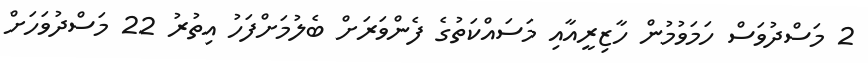
2 މަސްދުވަސް ހަމަވުމުން ހާޒިރީއާއި މަސައްކަތުގެ ފެންވަރަށް ބެލުމަށްފަހު އިތުރު 22 މަސްދުވަހަށް